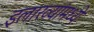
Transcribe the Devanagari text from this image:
इलाख्यांमध्ये